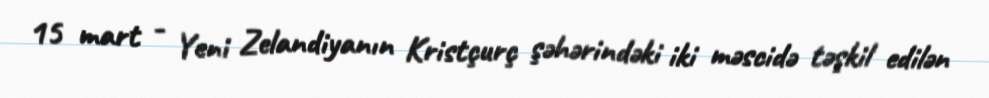
15 mart - Yeni Zelandiyanın Kristçurç şəhərindəki iki məscidə təşkil edilən